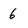
Character: 6